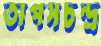
তাপসচন্দ্র